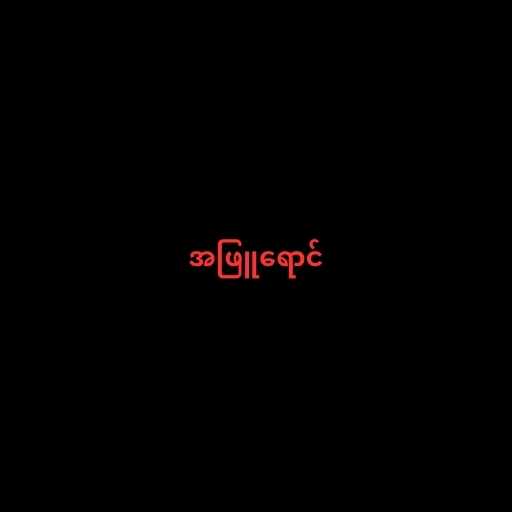
အဖြူရောင်